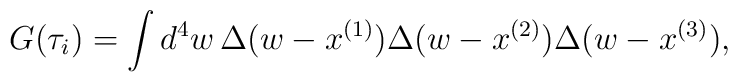
G(\tau_i)=\int d^4w\,\Delta(w-x^{(1)})\Delta(w-x^{(2)})\Delta(w-x^{(3)}),